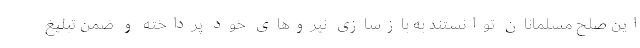
این صلح مسلمانان توانستند به بازسازی نیروهای خود پرداخته و ضمن تبلیغ